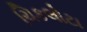
ચિકલોટા